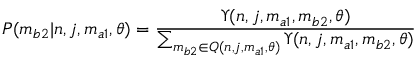
P ( m _ { b 2 } | n , j , m _ { a 1 } , \theta ) = \frac { \Upsilon ( n , j , m _ { a 1 } , m _ { b 2 } , \theta ) } { \sum _ { m _ { b 2 } \in Q ( n , j , m _ { a 1 } , \theta ) } \Upsilon ( n , j , m _ { a 1 } , m _ { b 2 } , \theta ) }